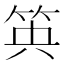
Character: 𥬺